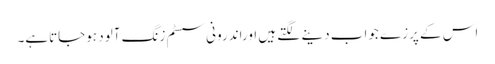
اس کے پرزے جواب دینے لگتے ہیں اوراندرونی سسٹم زنگ آلود ہوجاتاہے۔